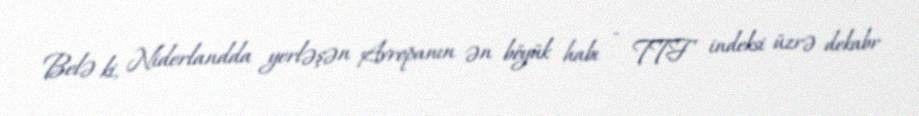
Belə ki, Niderlandda yerləşən Avropanın ən böyük habı - TTF indeksi üzrə dekabr